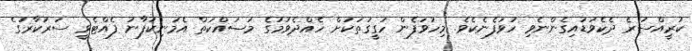
ކުރީއްސުރެ ދެކެވަޑައިގެންނެވި ހުވަފެނެކެވެ. މިހުވަފެން ހަގީގަތަކަށް ހެއްދެވުމުގެ މަސައްކަތް އެމަނިކުފާނު ފެއްޓެވީ ސަރުކާރުގެ